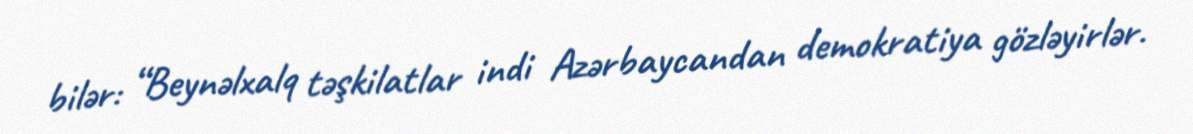
bilər: “Beynəlxalq təşkilatlar indi Azərbaycandan demokratiya gözləyirlər.